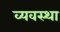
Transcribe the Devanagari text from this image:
व्यवस्था